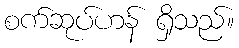
စက်ဆုပ်ဟန် ရှိသည်။